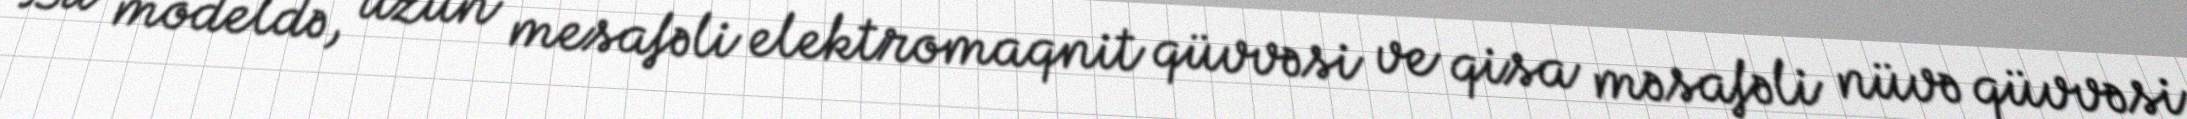
Bu modeldə, uzun mesafəli elektromaqnit qüvvəsi ve qisa məsafəli nüvə qüvvəsi